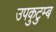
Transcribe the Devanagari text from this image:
उपकुटुम्ब